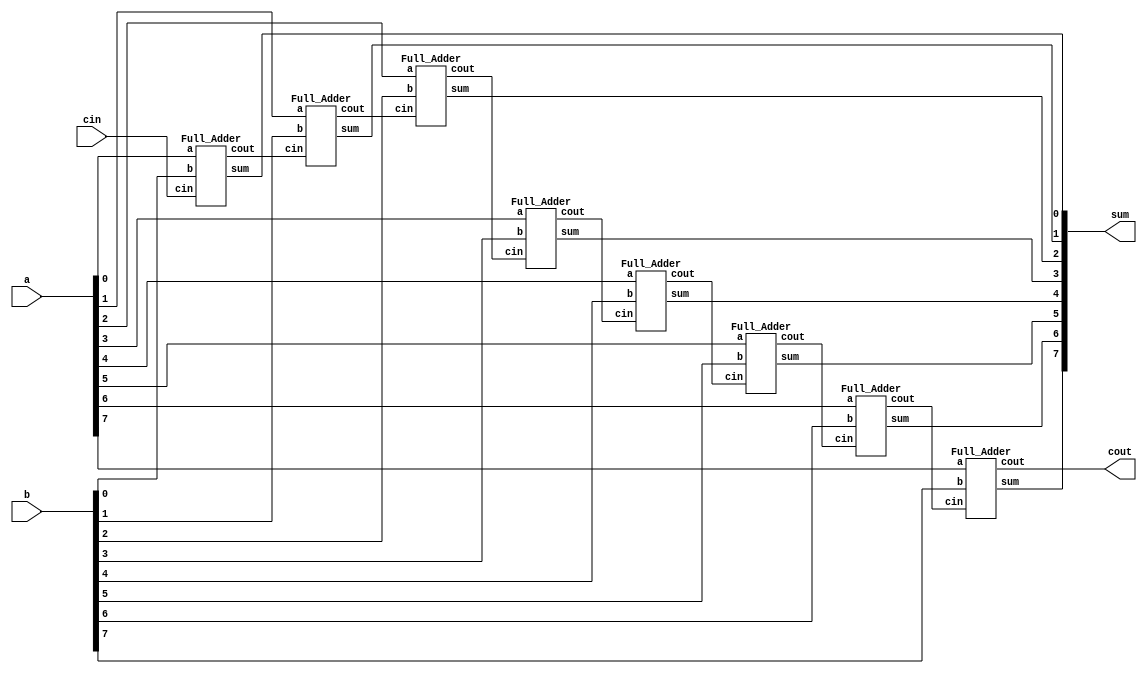
`timescale 1ns/1ps

module Ripple_Carry_Adder(a, b, cin, cout, sum);
input [7:0] a, b;
input cin;
output cout;
output [7:0] sum;

wire[6:0] c;

Full_Adder a1(a[0], b[0], cin, c[0], sum[0]);
Full_Adder a2(a[1], b[1], c[0], c[1], sum[1]);
Full_Adder a3(a[2], b[2], c[1], c[2], sum[2]);
Full_Adder a4(a[3], b[3], c[2], c[3], sum[3]);
Full_Adder a5(a[4], b[4], c[3], c[4], sum[4]);
Full_Adder a6(a[5], b[5], c[4], c[5], sum[5]);
Full_Adder a7(a[6], b[6], c[5], c[6], sum[6]);
Full_Adder a8(a[7], b[7], c[6], cout, sum[7]);

endmodule
module Full_Adder (a, b, cin, cout, sum);
input a, b, cin;
output cout, sum;
wire a1,b2,b3;
wire coutnot,  cinnot;
NOT_nand n2(cinnot, cin);
Majority m1(cin,a,b,cout);
NOT_nand n1(coutnot, cout);
Majority m2(cinnot,a,b,b2);
Majority m3(cin,coutnot,b2,sum);
endmodule


module AND_nand(out, a, b);
    input a, b;
    output out;
    wire tmp;
    nand n1(tmp, a, b);
    nand n2(out, tmp, tmp);
    endmodule

module OR_nand(out, a, b);
    input a, b;
    output out;
    wire tmp1, tmp2;
    nand n1(tmp1, a, a);
    nand n2(tmp2, b, b);
    nand n3(out, tmp1, tmp2);
    endmodule


module NOT_nand(out, a);

    input a;
    output out;
    nand n1(out, a, a);
    endmodule


module NOR_nand(out,a, b);

    input a, b;
    output out;
    wire tmp;
    OR_nand or1(tmp, a, b);
    NOT_nand not1(out, tmp);
    endmodule


module XOR_nand(out, a, b);

    input a, b;
    output out;
    wire tmp1, tmp2, tmp3;
    nand n1(tmp1, a, b);
    nand n2(tmp2, a, tmp1);
    nand n3(tmp3, b, tmp1);
    nand n4(out, tmp2, tmp3);
    endmodule


module XNOR_nand(out, a, b);
    input a, b;
    output out;
    wire tmp;
    XOR_nand xor1(tmp, a, b);
    NOT_nand not1(out, tmp);
    endmodule

module Majority(a, b, c, out);
input a, b, c;
output out;
wire tmp1, tmp2, tmp3, tmp4;
AND_nand and1(tmp1, a, b);
AND_nand and2(tmp2, a, c);
AND_nand and3(tmp3, c, b);
OR_nand or1(tmp4, tmp1, tmp2);
OR_nand or2(out, tmp4, tmp3);
endmodule